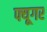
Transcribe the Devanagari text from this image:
फ्यूगर